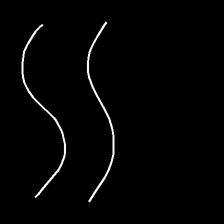
Glyph: float